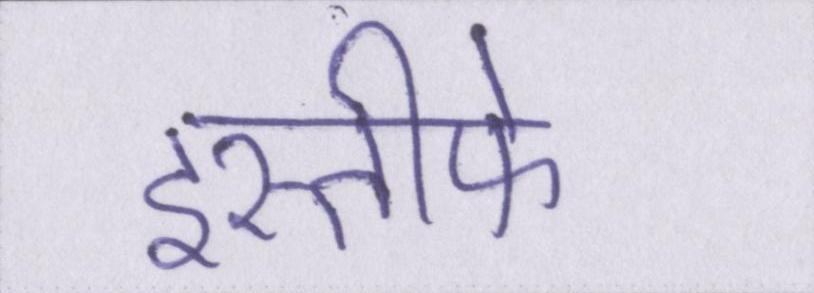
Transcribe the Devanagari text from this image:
इस्तीफे